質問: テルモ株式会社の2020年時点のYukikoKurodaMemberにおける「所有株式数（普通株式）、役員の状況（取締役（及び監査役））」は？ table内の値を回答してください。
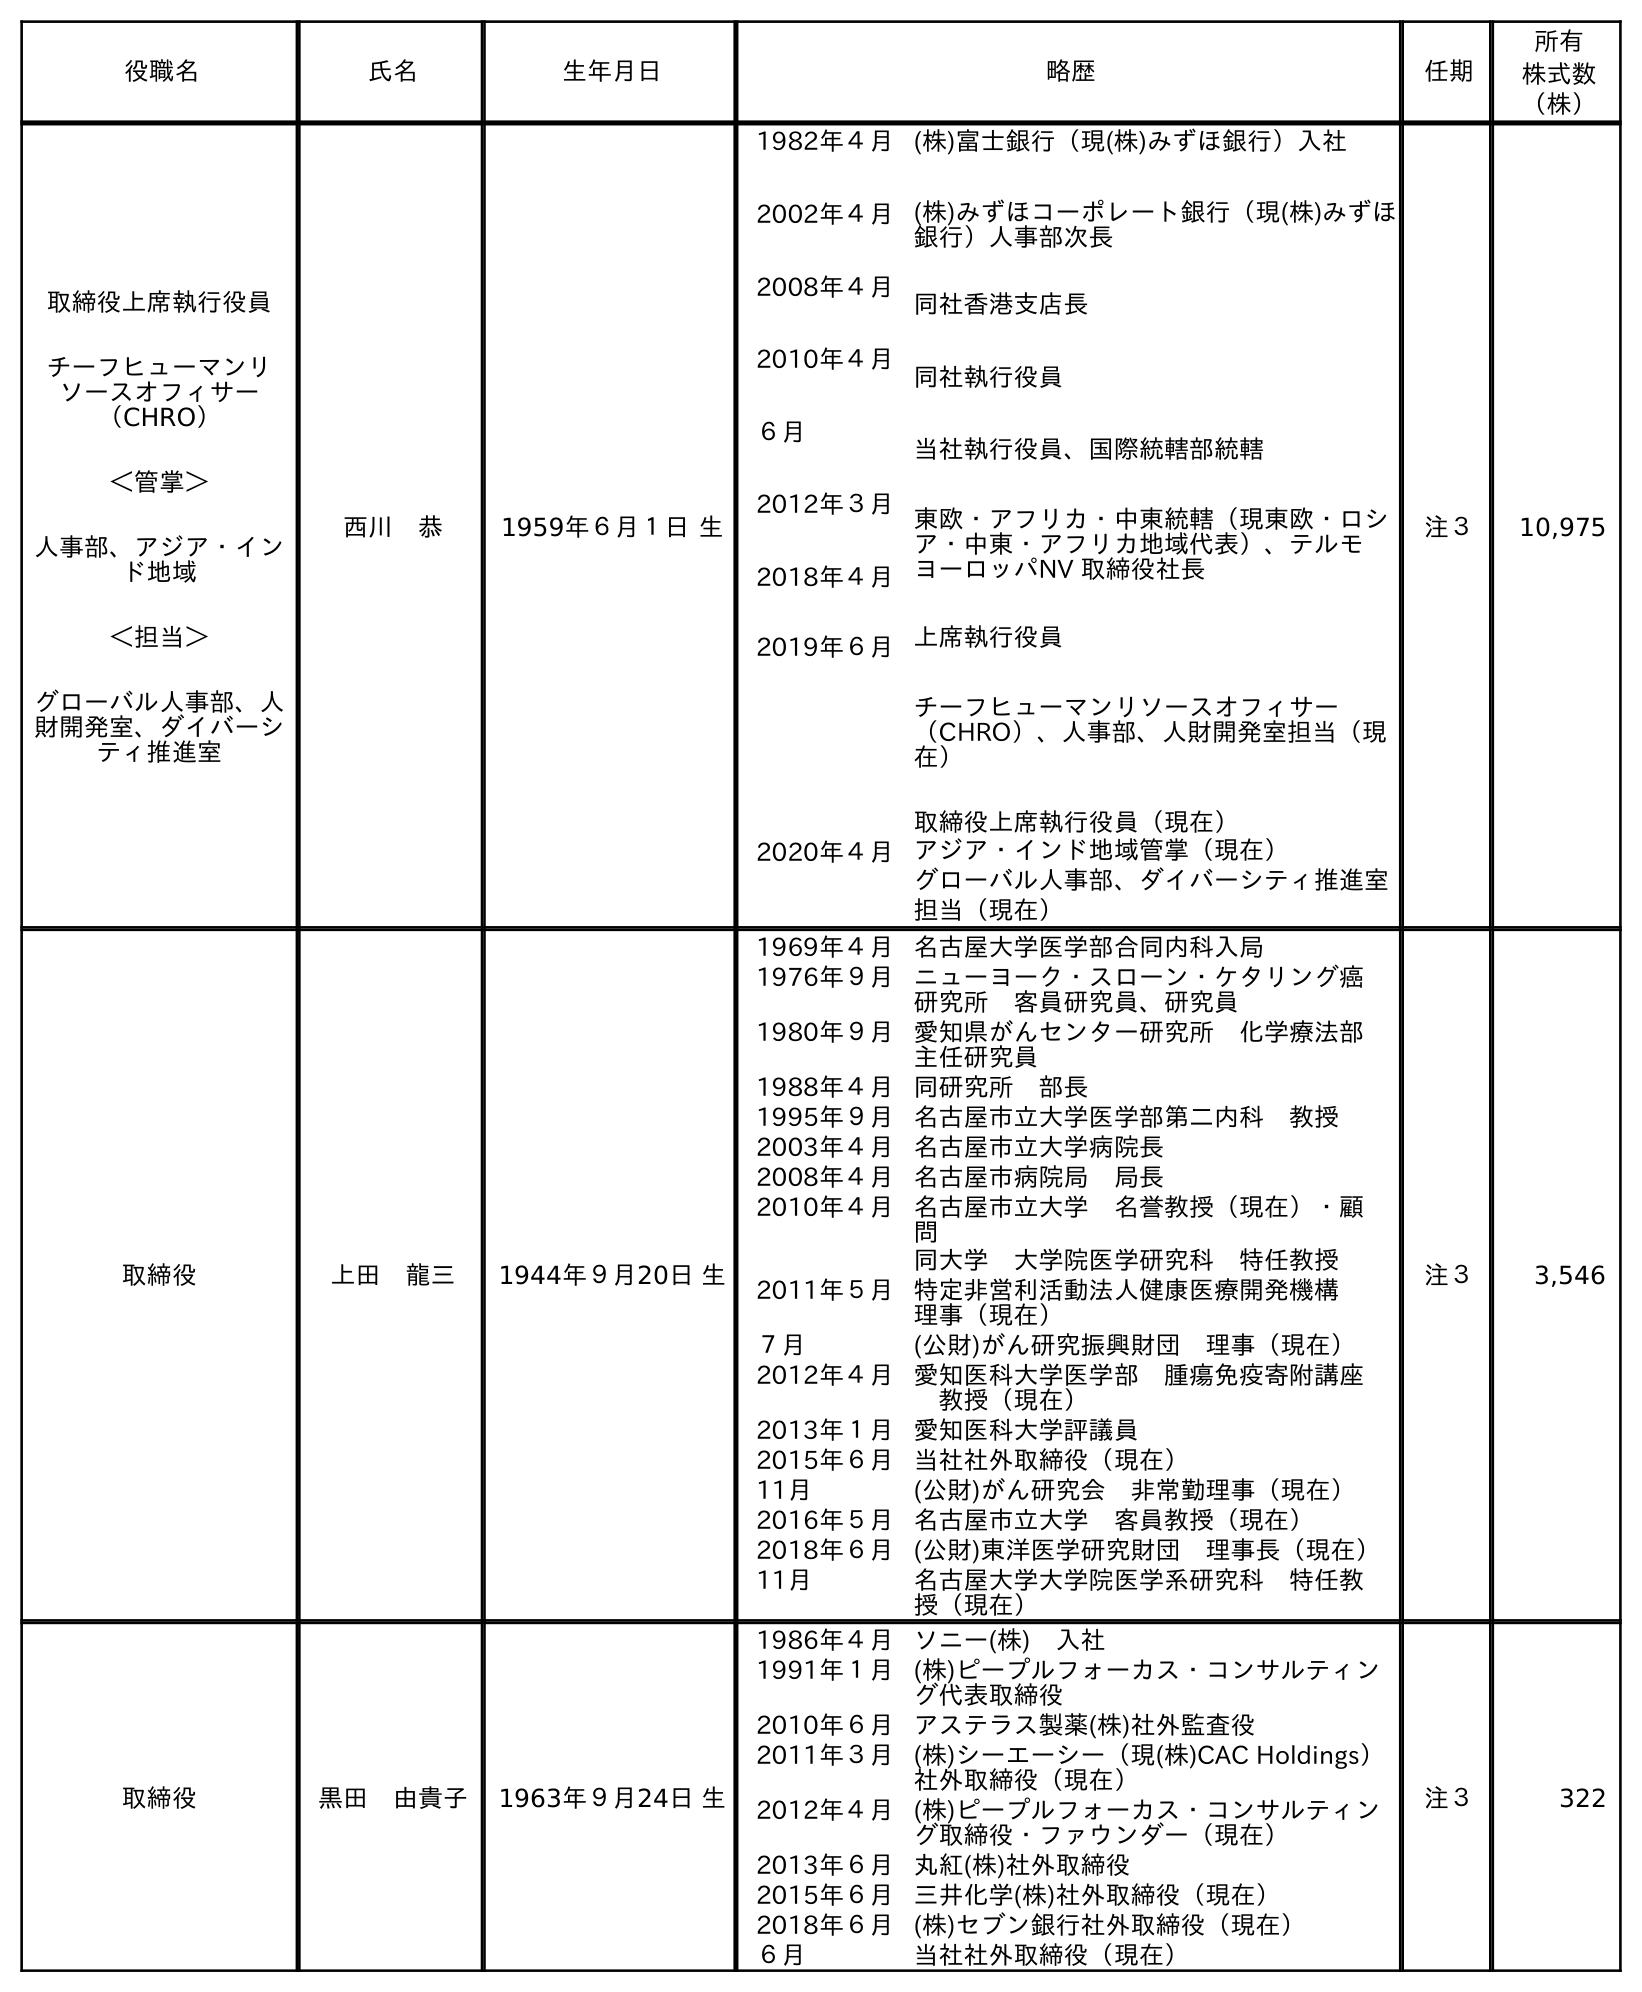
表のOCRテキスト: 役職名 氏名 生年月日 略歴 任期 所有 株式数 （株） 取締役上席執行役員 チーフヒューマンリ ソースオフィサー （CHRO） ＜管掌＞ 人事部、アジア・イン ド地域 ＜担当＞ グローバル人事部、人 財開発室、ダイバーシ ティ推進室 西川 恭 1959年６月１日 生 1982年４月 2002年４月 2008年４月 2010年４月 ６月 2012年３月 2018年４月 2019年６月 (株)富士銀行（現(株)みずほ銀行）入社 (株)みずほコーポレート銀行（現(株)みずほ 銀行）人事部次長 同社香港支店長 同社執行役員 当社執行役員、国際統轄部統轄 東欧・アフリカ・中東統轄（現東欧・ロシ ア・中東・アフリカ地域代表）、テルモ ヨーロッパNV 取締役社長 上席執行役員 チーフヒューマンリソースオフィサー （CHRO）、人事部、人財開発室担当（現 在） 取締役上席執行役員（現在） 2020年４月アジア・インド地域管掌（現在） グローバル人事部、ダイバーシティ推進室 担当（現在） 注３ 10,975 取締役 上田 龍三 1944年９月20日 生 1969年４月名古屋大学医学部合同内科入局 1976年９月ニューヨーク・スローン・ケタリング癌 研究所 客員研究員、研究員 1980年９月愛知県がんセンター研究所 化学療法部 主任研究員 1988年４月同研究所 部長 1995年９月名古屋市立大学医学部第二内科 教授 2003年４月名古屋市立大学病院長 2008年４月名古屋市病院局 局長 2010年４月名古屋市立大学 名誉教授（現在）・顧 問 同大学 大学院医学研究科 特任教授 2011年５月特定非営利活動法人健康医療開発機構  理事（現在） ７月 (公財)がん研究振興財団 理事（現在） 2012年４月愛知医科大学医学部 腫瘍免疫寄附講座  教授（現在） 2013年１月愛知医科大学評議員 2015年６月当社社外取締役（現在） 11月 (公財)がん研究会 非常勤理事（現在） 2016年５月名古屋市立大学 客員教授（現在） 2018年６月(公財)東洋医学研究財団 理事長（現在） 11月 名古屋大学大学院医学系研究科 特任教 授（現在） 注３ 3,546 取締役 黑田 由貴子 1963年９月24日 生 1986年４月ソニー(株) 入社 1991年１月(株)ピープルフォーカス・コンサルティン グ代表取締役 2010年６月アステラス製薬(株)社外監査役 2011年３月(株)シーエーシー（現(株)CAC Holdings） 社外取締役（現在） 2012年４月(株)ピープルフォーカス・コンサルティン グ取締役・ファウンダー（現在） 2013年６月丸紅(株)社外取締役 2015年６月三井化学(株)社外取締役（現在） 2018年６月(株)セブン銀行社外取締役（現在） ６月 当社社外取締役（現在） 注３ 322
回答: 322